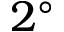
2 ^ { \circ }